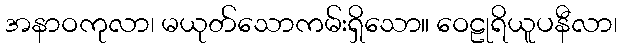
အနာဝကုလာ၊ မယုတ်သောကမ်းရှိသော။ ဝေဠုရိယူပနီလာ၊